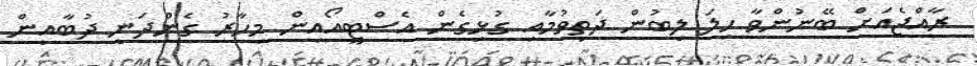
ރާއްޖެއަށް ބޭނުންވާ ހިލަ ލިބުން ދަތިވުމާއި ގުޅިގެން އެސްޓީއޯއިން މިހާރު ގެންދަނީ ދުބާއީން